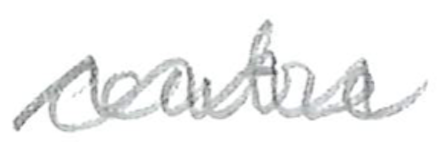
Text: center
Cross-out: mix
Writing tool: pencil